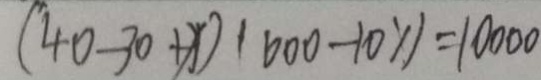
( 4 0 - 3 0 + x ) ( 6 0 0 - 1 0 x ) = 1 0 0 0 0